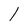
Character: I